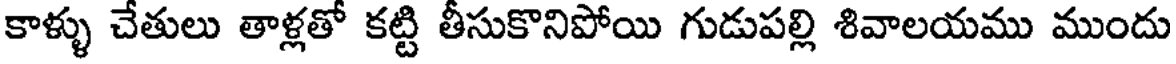
కాళ్ళు చేతులు తాళ్లతో కట్టి తీసుకొనిపోయి గుడుపల్లి శివాలయము ముందు